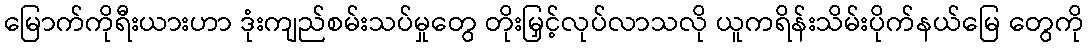
မြောက်ကိုရီးယားဟာ ဒုံးကျည်စမ်းသပ်မှုတွေ တိုးမြှင့်လုပ်လာသလို ယူကရိန်းသိမ်းပိုက်နယ်မြေ တွေကို